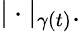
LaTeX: |\cdot|_{\gamma(t)}.